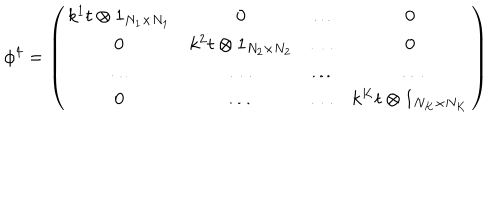
LaTeX: \phi ^ { 4 } = \left( \begin{array} { c c c c } { { k ^ { 1 } t \otimes 1 _ { N _ { 1 } \times N _ { 1 } } } } & { { 0 } } & { { \dots } } & { { 0 } } \\ { { 0 } } & { { k ^ { 2 } t \otimes 1 _ { N _ { 2 } \times N _ { 2 } } } } & { { \dots } } & { { 0 } } \\ { { \dots } } & { { \dots } } & { { \dots } } & { { \dots } } \\ { { 0 } } & { { \dots } } & { { \dots } } & { { k ^ { K } t \otimes 1 _ { N _ { K } \times N _ { K } } } } \\ \end{array} \right)